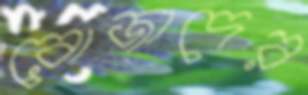
রোজাদের